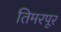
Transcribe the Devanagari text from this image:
तिमरपूर